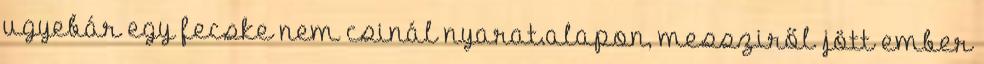
ugyebár egy fecske nem csinál nyarat.alapon, messziről jött ember